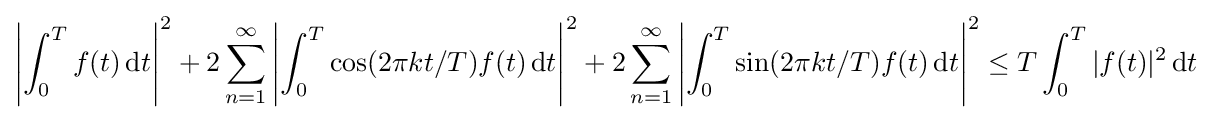
\left\vert \int _{0}^{T}f(t)\,\mathrm {d} t\right\vert ^{2}+2\sum _{n=1}^{\infty }\left\vert \int _{0}^{T}\cos(2\pi kt/T)f(t)\,\mathrm {d} t\right\vert ^{2}+2\sum _{n=1}^{\infty }\left\vert \int _{0}^{T}\sin(2\pi kt/T)f(t)\,\mathrm {d} t\right\vert ^{2}\leq T\int _{0}^{T}\vert f(t)\vert ^{2}\,\mathrm {d} t